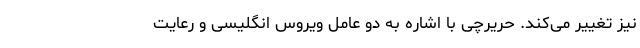
نیز تغییر می‌کند. حریرچی با اشاره به دو عامل ویروس انگلیسی و رعایت